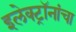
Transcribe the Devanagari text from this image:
इलेक्ट्रॉनांचा